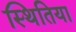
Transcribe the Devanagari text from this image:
स्थितिया